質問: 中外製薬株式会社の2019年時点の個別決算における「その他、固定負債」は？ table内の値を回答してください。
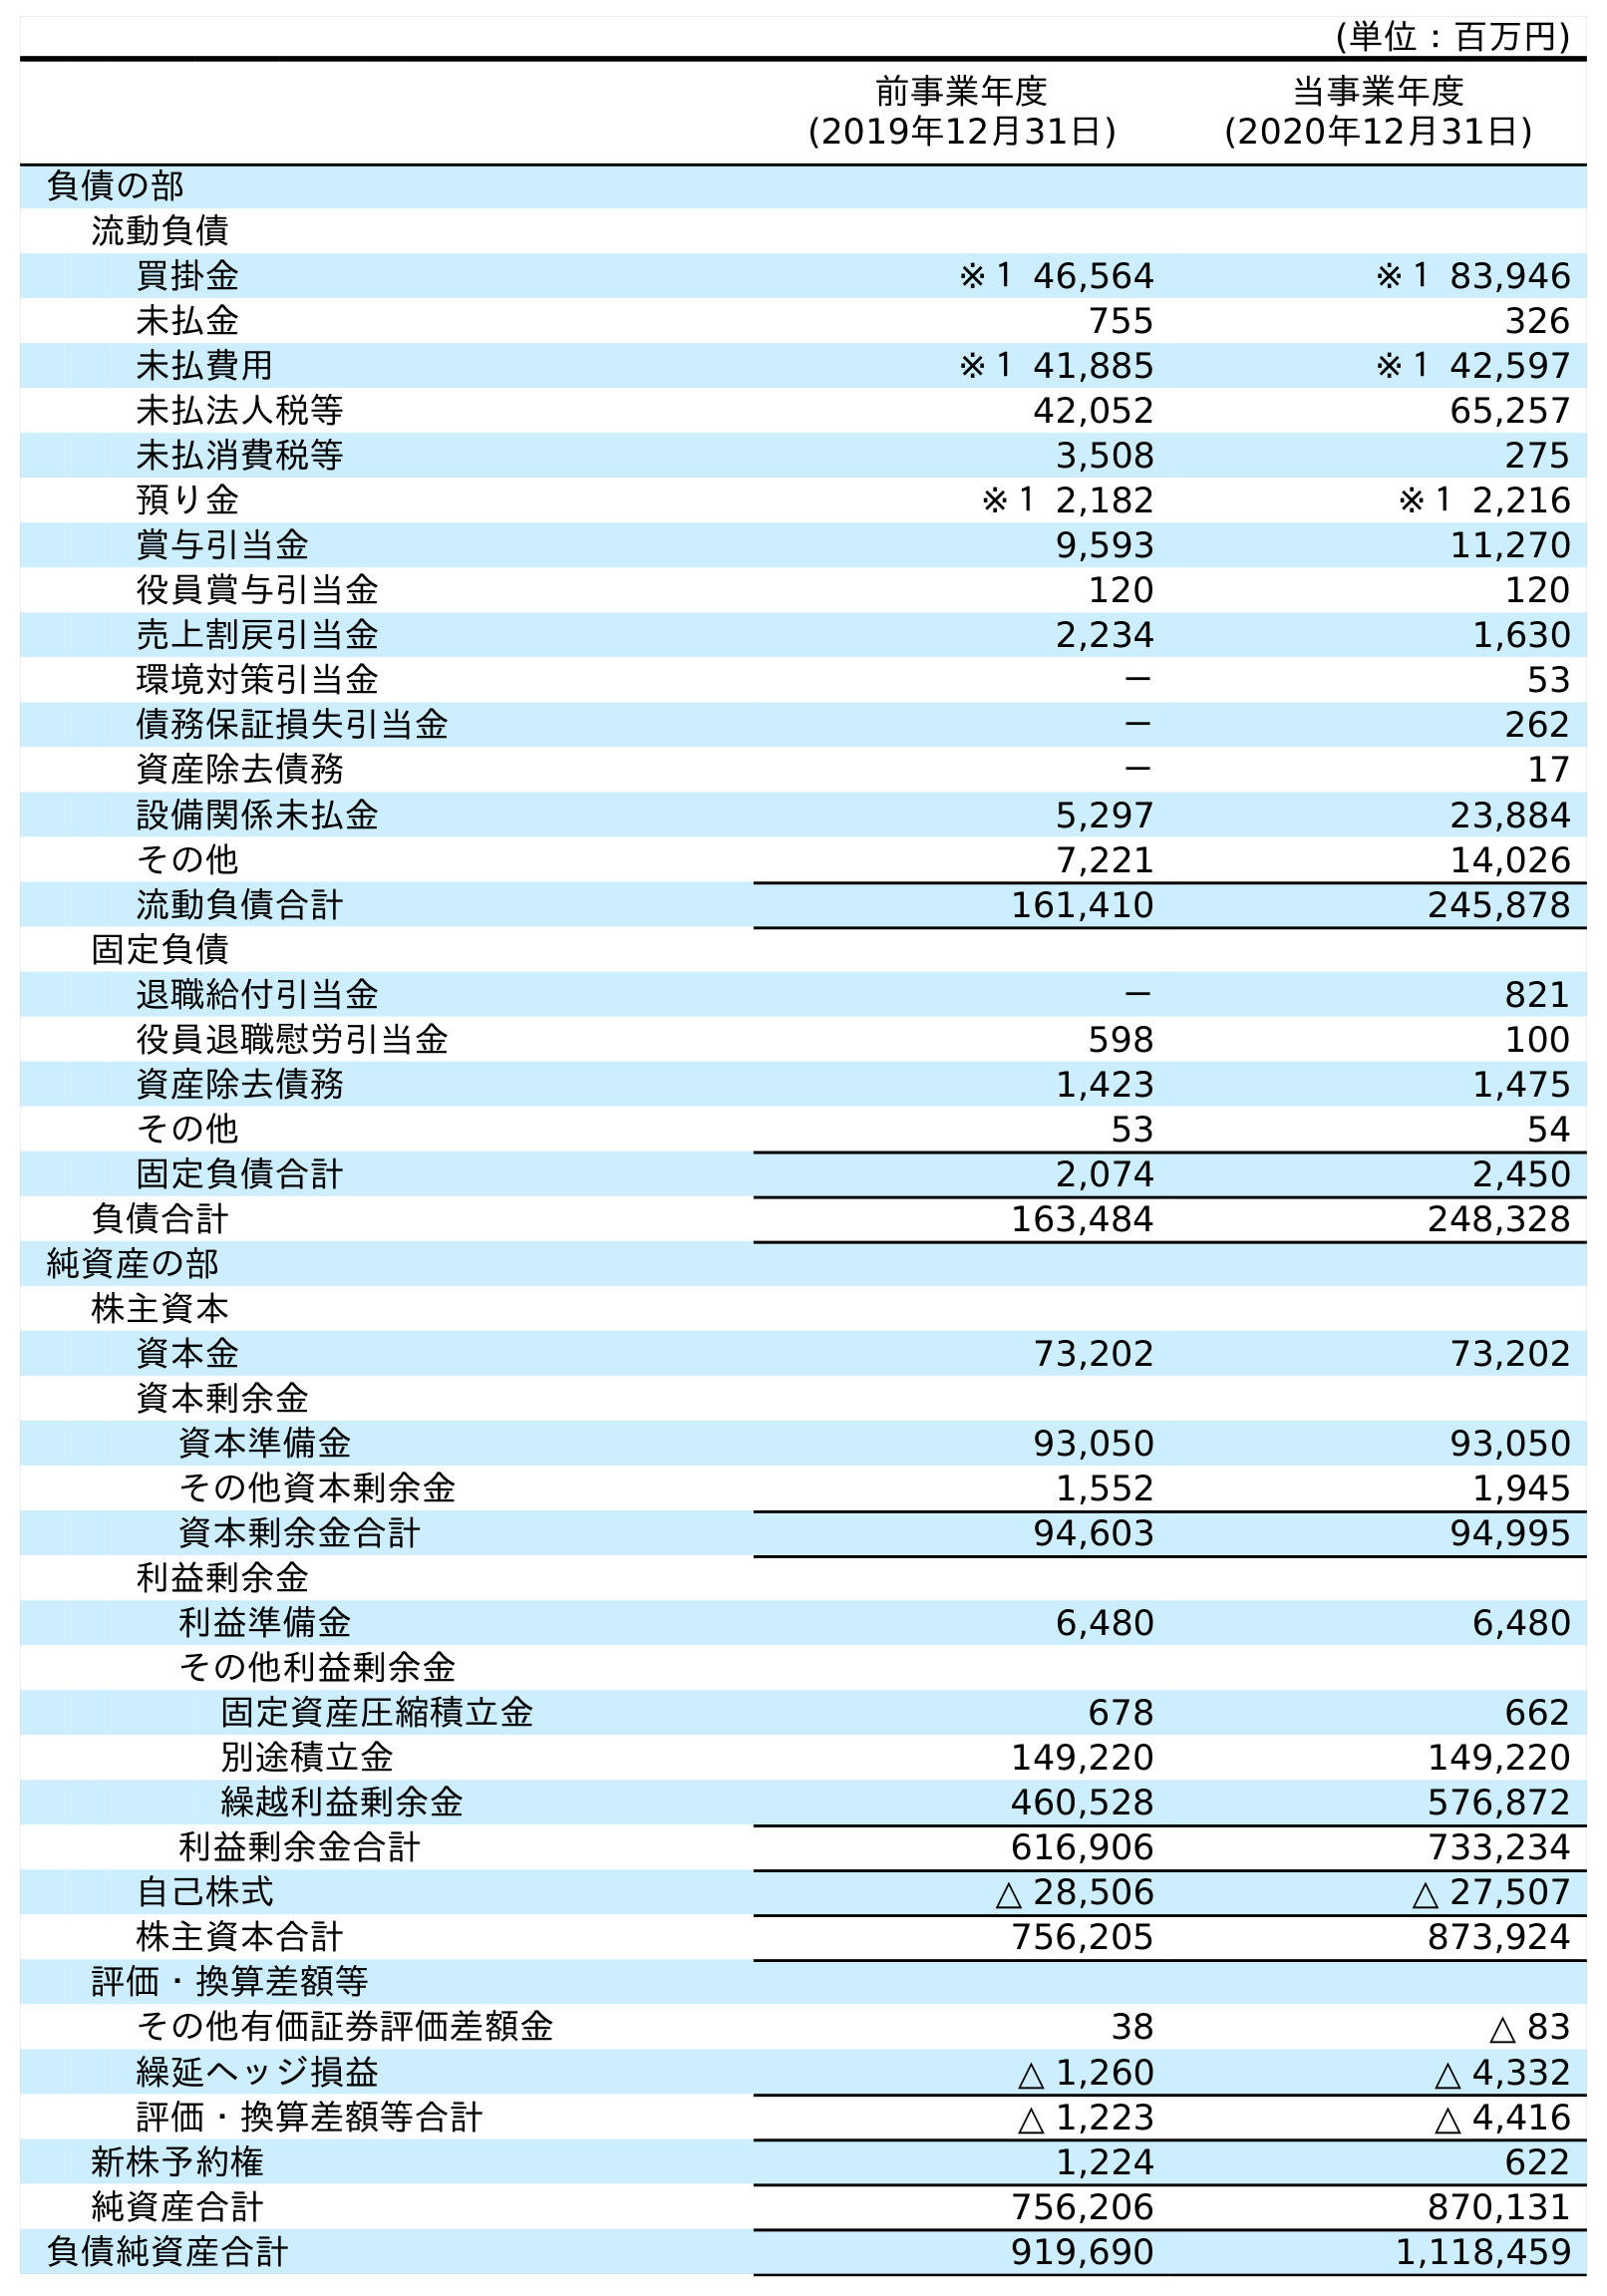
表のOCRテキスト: (単位：百万円) 前事業年度 (2019年12月31日) 当事業年度 (2020年12月31日) 負債の部 流動負債 買掛金 ※１ 46,564 ※１ 83,946 未払金 755 326 未払費用 ※１ 41,885 ※１ 42,597 未払法人税等 42,052 65,257 未払消費税等 3,508 275 預り金 ※１ 2,182 ※１ 2,216 賞与引当金 9,593 11,270 役員賞与引当金 120 120 売上割戻引当金 2,234 1,630 環境対策引当金 － 53 債務保証損失引当金 － 262 資産除去債務 － 17 設備関係未払金 5,297 23,884 その他 7,221 14,026 流動負債合計 161,410 245,878 固定負債 退職給付引当金 － 821 役員退職慰労引当金 598 100 資産除去債務 1,423 1,475 その他 53 54 固定負債合計 2,074 2,450 負債合計 163,484 248,328 純資産の部 株主資本 資本金 73,202 73,202 資本剰余金 資本準備金 93,050 93,050 その他資本剰余金 1,552 1,945 資本剰余金合計 94,603 94,995 利益剰余金 利益準備金 6,480 6,480 その他利益剰余金 固定資産圧縮積立金 678 662 別途積立金 149,220 149,220 繰越利益剰余金 460,528 576,872 利益剰余金合計 616,906 733,234 自己株式 △ 28,506 △ 27,507 株主資本合計 756,205 873,924 評価・換算差額等 その他有価証券評価差額金 38 △ 83 繰延ヘッジ損益 △ 1,260 △ 4,332 評価・換算差額等合計 △ 1,223 △ 4,416 新株予約権 1,224 622 純資産合計 756,206 870,131 負債純資産合計 919,690 1,118,459
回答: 53